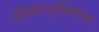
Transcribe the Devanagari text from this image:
उद्‍दिष्टपूर्तीकरिता